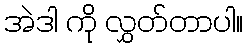
အဲဒါ ကို လွှတ်တာပါ။